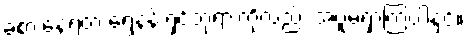
ခံစားနေရတဲ့ ရွှေနန်းရှင်ဘုရားကိုလည်း အပူမရှာကြပါနှင့်။